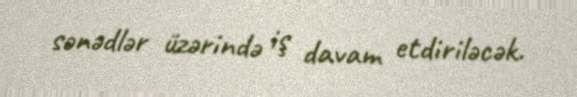
sənədlər üzərində iş davam etdiriləcək.